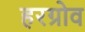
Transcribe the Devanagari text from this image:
हरग्रोव